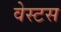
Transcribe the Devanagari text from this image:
वेस्टस